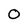
Character: O